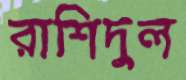
রাশিদুল